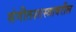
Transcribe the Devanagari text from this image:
संगीतशास्त्रावरील